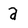
Character: a